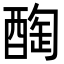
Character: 𨡒